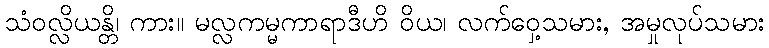
သံဝလ္လိယန္တိ၊ ကား။ မလ္လကမ္မကာရာဒီဟိ ဝိယ၊ လက်ဝှေ့သမား, အမှုလုပ်သမား